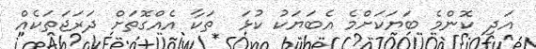
އަދި ކޮންމެ ބަޔަކަށްމެ އެބަޔަކު ކުޅަ  ތަކާ އެއްގޮތަށް ދަރަޖަތަކެއް